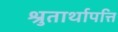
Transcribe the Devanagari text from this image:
श्रुतार्थापत्ति